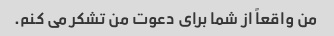
من واقعاً از شما برای دعوت من تشکر می کنم.